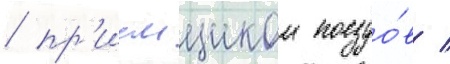
/ пр'иемщиком поездо́в /